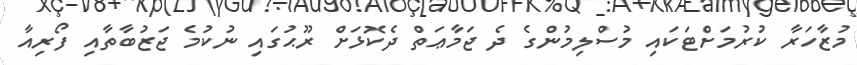
މުޒާހަރާ ކުރުމަށްޓަކައި މުސްލިމުންގެ ދެ ޖަމާޢަތް ދެކޮޅަށް ރޫޙުގައި ނުކުމެ ޖަޒުބާތާއި ފޯރިއާ